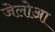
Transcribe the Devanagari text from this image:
जेलोआ